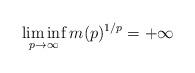
LaTeX: \begin{align*}\liminf_{p\to\infty}m(p)^{1/p}=+\infty\end{align*}